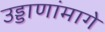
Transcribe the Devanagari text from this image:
उड्डाणांमागे